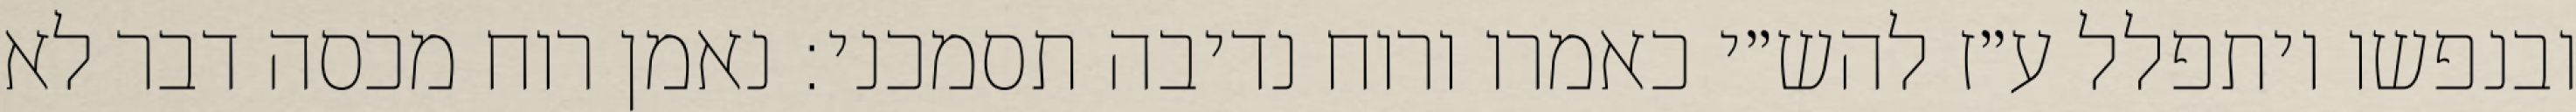
ובנפשו ויתפלל ע״ז להש״י כאמרו ורוח נדיבה תסמכני: נאמן רוח מכסה דבר לא